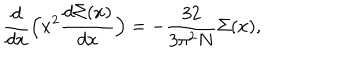
\frac { d } { d x } \Bigl ( x ^ { 2 } \frac { d \Sigma ( x ) } { d x } \Bigr ) = - \frac { 3 2 } { 3 \pi ^ { 2 } N } \Sigma ( x ) ,